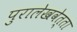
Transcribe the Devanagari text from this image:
पुरालेखवेत्ता